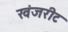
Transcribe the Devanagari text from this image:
खंजरीट